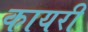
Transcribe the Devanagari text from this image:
कायरी